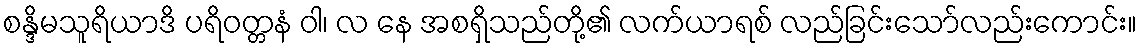
စန္ဒိမသူရိယာဒိ ပရိဝတ္တနံ ဝါ၊ လ နေ အစရှိသည်တို့၏ လက်ယာရစ် လည်ခြင်းသော်လည်းကောင်း။